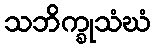
သဘိက္ခုသံဃံ